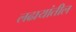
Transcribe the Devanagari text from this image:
लढायांतील